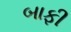
બાફી